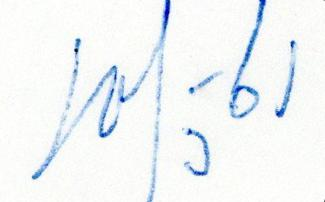
10/3-61